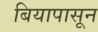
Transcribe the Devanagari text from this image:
बियापासून